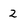
Character: 2